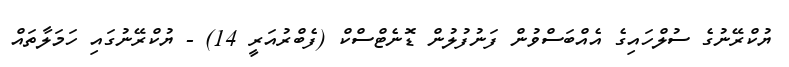
ޔުކްރޭނުގެ ސުލްހައިގެ އެއްބަސްވުން ފަނުފުލުން ޑޮނެޓްސްކް (ފެބްރުއަރީ 14) - ޔުކްރޭނުގައި ހަަމަލާތައް